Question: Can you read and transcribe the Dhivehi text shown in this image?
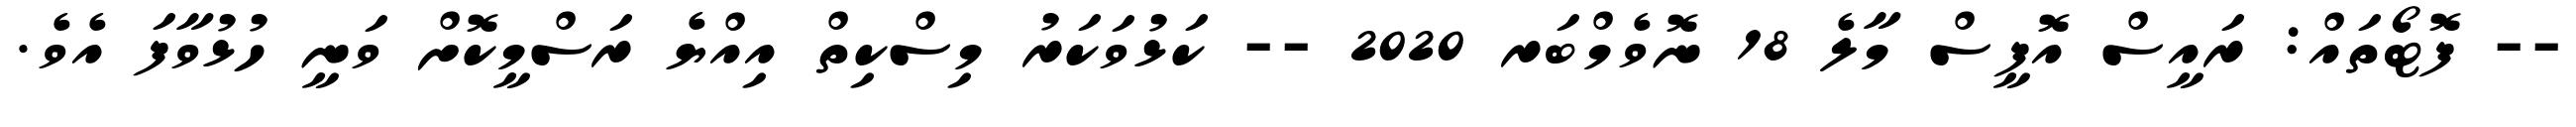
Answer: -- ފޮޓޯތައް: ރައީސް އޮފީސް މާލެ 18 ނޮވެމްބަރ 2020 -- ކަޅުވަކަރު މިސްކިތް އިއްޔެ ރަސްމީކޮށް ވަނީ ހުޅުވާފަ އެވެ.